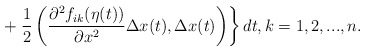
\begin{align*}+\left. \frac{1}{2}\left(\frac{\partial^2 f_{ik}(\eta(t))}{\partial x^2}\Delta x(t),\Delta x(t)\right)\right\}dt,k=1,2,..., n.\end{align*}